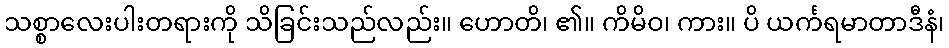
သစ္စာလေးပါးတရားကို သိခြင်းသည်လည်း။ ဟောတိ၊ ၏။ ကိမိဝ၊ ကား။ ပိ ယင်္ကရမာတာဒီနံ၊